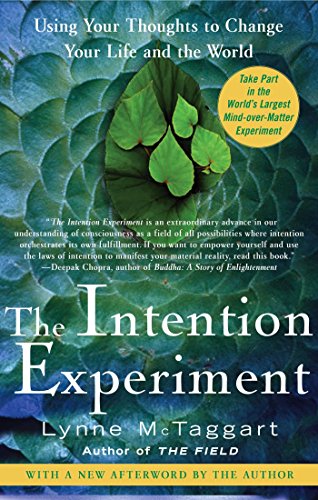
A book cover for The Intention Experiment: Using Your Thoughts to Change Your Life and the World; Lynne McTaggart; Science & Math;